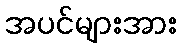
အပင်များအား